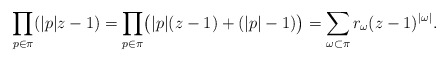
\begin{align*} \prod_{p \in \pi} (|p|z - 1) = \prod_{p \in \pi} \bigl(|p|(z - 1) + (|p| - 1)\bigr) = \sum_{\omega \subset \pi} r_\omega (z-1)^{|\omega|}. \end{align*}